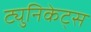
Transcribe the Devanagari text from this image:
ट्युनिकेट्स